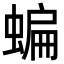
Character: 蝙